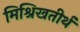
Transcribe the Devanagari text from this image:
मिश्रिखतीर्थ